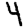
Digit: 4